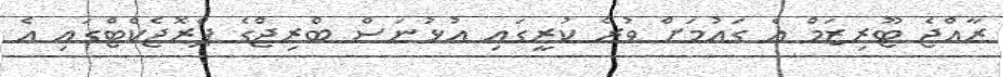
ރާއްޖެ ޓޫރިޒަމް އެ ގައުމަށް ވުރެ ކުރީގައި އުޅުނަސް ބްރިޖްގެ ޕްރޮޖެކްޓްގައި އެ